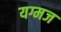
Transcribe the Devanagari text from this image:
यग्मज